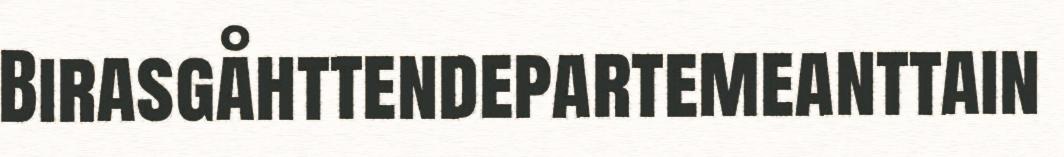
Birasgåhttendepartemeanttain